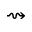
\rightsquigarrow